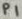
Text: P1